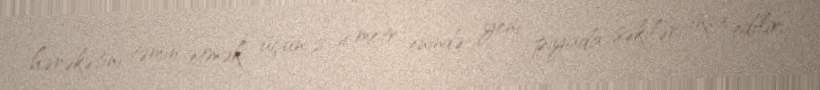
hərəkətini təmin etmək üçün 2-4 metr enində yeni piyada səkiləri inşa edilir,